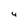
Character: 4